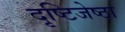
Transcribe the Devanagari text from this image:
दृष्टिजेष्ठा